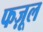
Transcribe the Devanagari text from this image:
फज़ूल